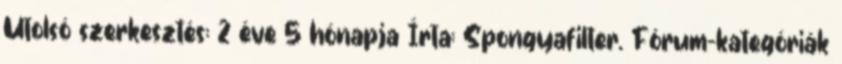
Utolsó szerkesztés: 2 éve 5 hónapja Írta: Spongyafilter. Fórum-kategóriák